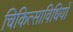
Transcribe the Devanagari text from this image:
चिकित्साविधियों